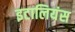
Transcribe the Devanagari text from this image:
इटालियंस